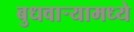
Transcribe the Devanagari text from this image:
बुधवार्‍यामध्ये